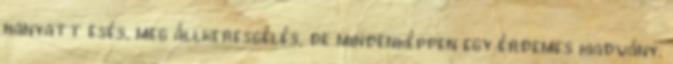
hanyatt esés, meg állkeresgélés, de mindenképpen egy érdemes kiadvány.